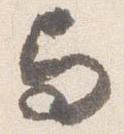
与